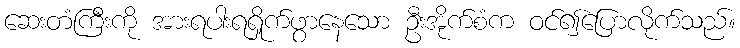
ဆေးတံကြီးကို အားရပါးရရှိုက်ဖွာနေသော ဦးအိုက်စံက ဝင်၍ပြောလိုက်သည်။